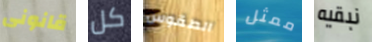
قانونى كل الطقوس ممثل نبقيه